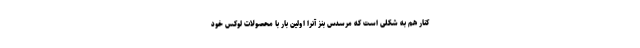
کنار هم به شکلی است که مرسدس بنز آنرا اولین بار با محصولات لوکس خود